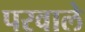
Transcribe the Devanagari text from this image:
परवाले